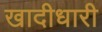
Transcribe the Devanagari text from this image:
खादीधारी